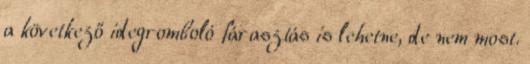
a következő idegromboló fárasztás is lehetne, de nem most.